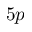
5 p